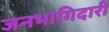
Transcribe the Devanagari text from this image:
जनभागिदारी